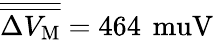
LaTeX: \overline{{\overline{{\Delta V_{\mathrm M}}}}}=464\, \mathrm{\ muV}